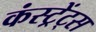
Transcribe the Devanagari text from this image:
कंस्ट्रेंट्स